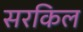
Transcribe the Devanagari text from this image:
सरकिल